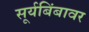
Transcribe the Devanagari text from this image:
सूर्यबिंबावर